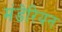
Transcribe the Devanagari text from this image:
मंडेरियन